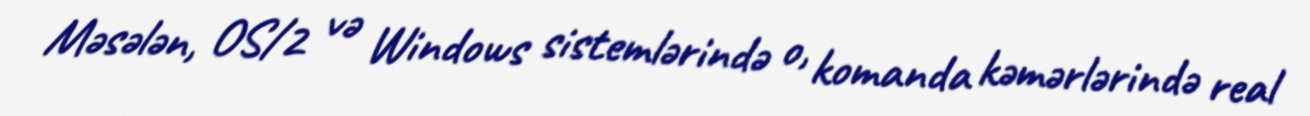
Məsələn, OS/2 və Windows sistemlərində o, komanda kəmərlərində real